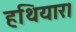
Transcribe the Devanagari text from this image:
हथियार।